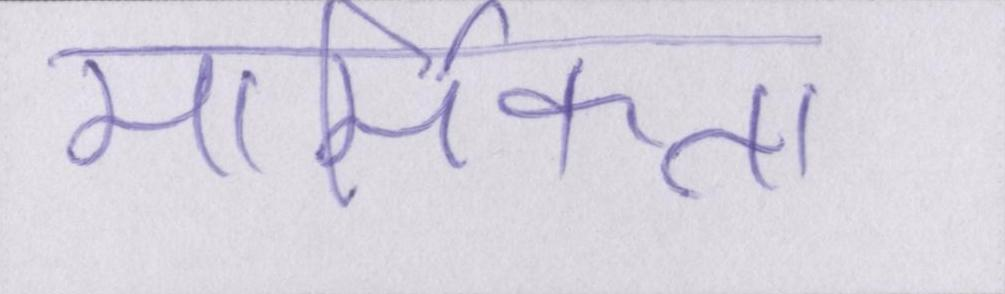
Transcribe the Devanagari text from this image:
मार्मिकता